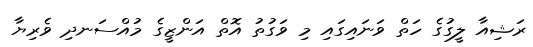
ރަޝިއާ ލީގުގެ ހަތް ވަނައިގައި މި ވަގުތު އޮތް އަންޒީގެ މުއްސަނދި ވެރިޔާ